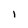
Character: I